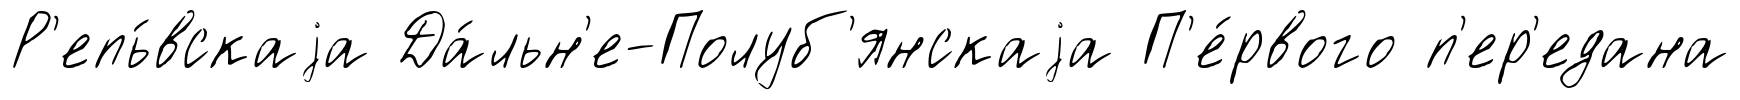
Р'епь́вскаjа Да́льн'е-Полуб'янскаjа П'е́рвого п'ер'едана